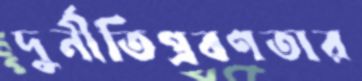
দুর্নীতিপ্রবণতার